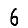
Digit: 6